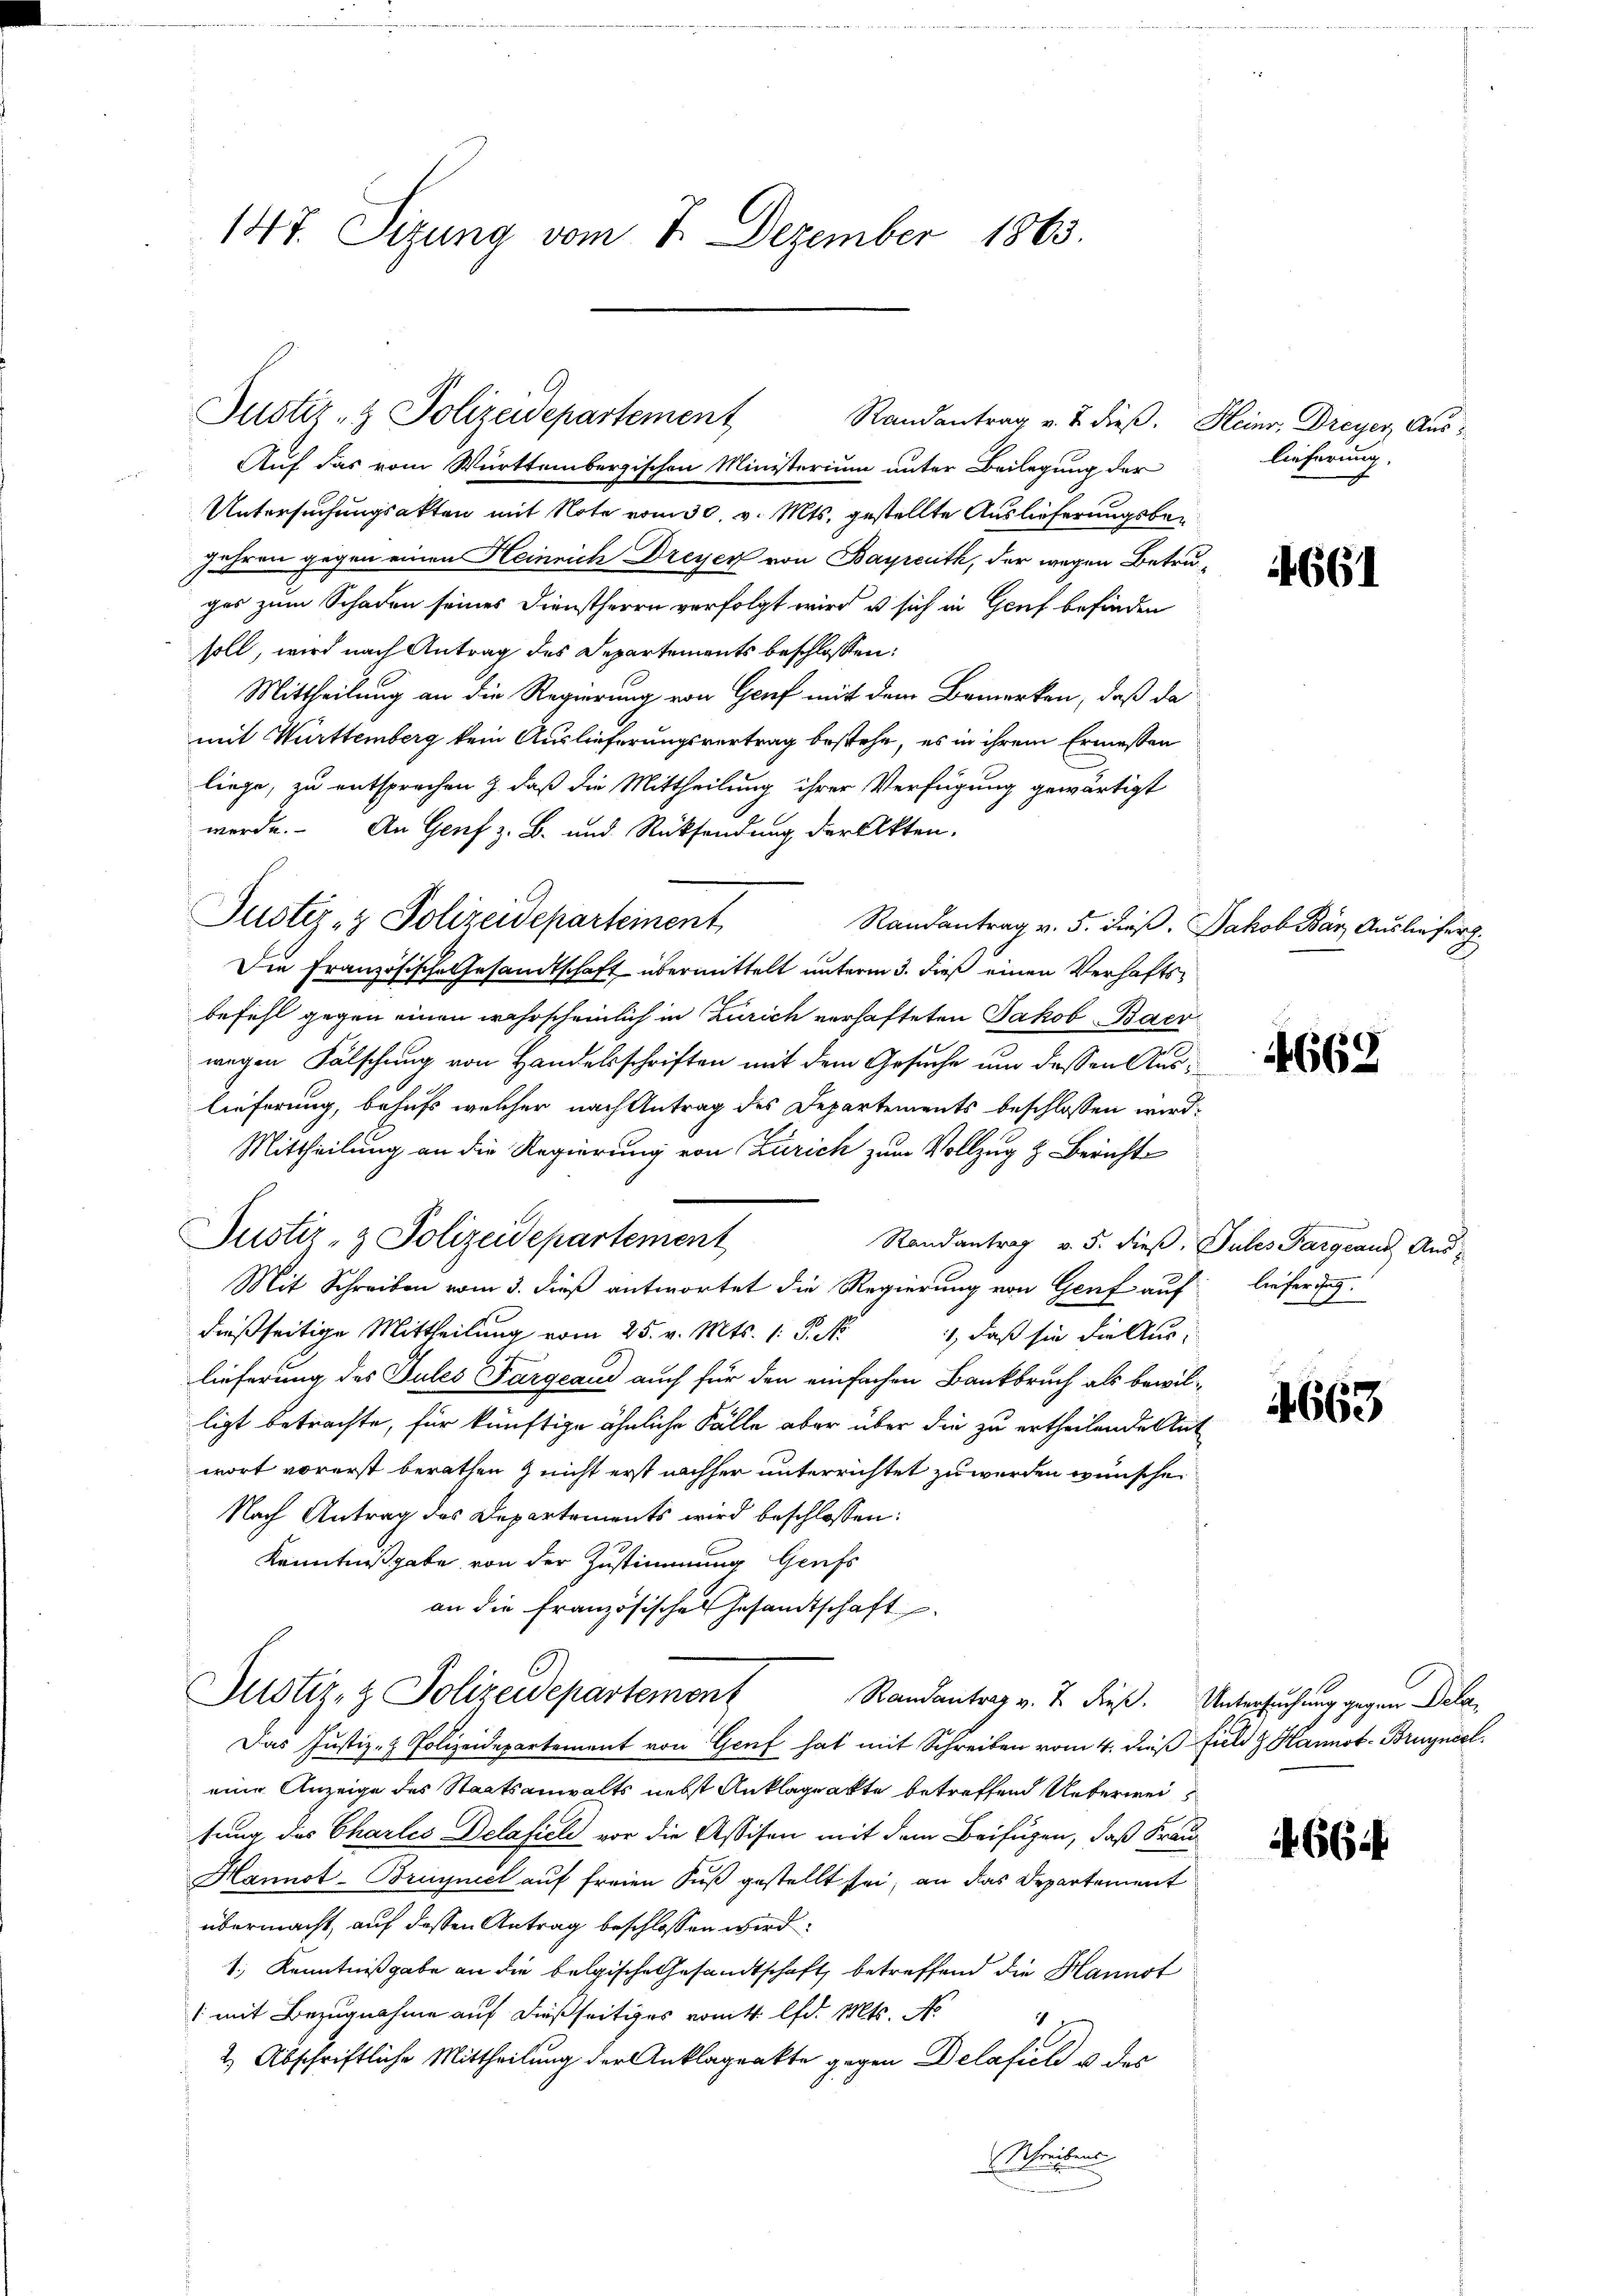
147. Sizung vom 7. Dezember 1863.

Randantrag v. 2. dieß. Heinr, Dreyer, Aus¬
Auf das vom Württembergischen Ministerium unter Beilegung der
Untersuchungsakten mit Note vom 30. v. Mts. gestellte Auslieferungsbe¬
Jahren gegen einen Heinrich Dreyer von Bayreuth, der wegen Betruches zum Schaden seines Dienstherrn verfolgt wird u sich in Genf befinden
soll, wird nach Antrag des Departements beschlossen:
Mittheilung an die Regierung von Genf mit dem Bemerken, daß da
mit Württemberg kein Auslieferungsvertrag bestehe, es in ihrem Ermessen
liege, zu entsprochen z. daß die Mittheilung ihrer Verfügung gewärtigt
werde. An Genf z. B. und Rücksendung der Akten.
Justiz- & Polizeideparteinent
Randantrag v. 5. dieß.
Die Französische Gesandtschaft übermittelt unterm 3. dieß einen Verhaftsbefehl gegen einen wahrscheinlich in Zürich verhafteten Jakob Baer
wegen Fälschung von Handelsschriften mit dem Gesuche um dessen Auslieferung, behufs welcher nach Antrag des Departements beschlossen wird:
Mittheilung an die Regierung von Zürich zum Vollzug & Bericht
Randantrag v. 5. dieß. Sules Pargeaus Aus-
Mit Schreiben vom 3. dieß antwortet die Regierung von Genf auf lieferung
dießseitige Mittheilung vom 25. v. Mts. 1. P. Nr.
1, daß sie die Aus
lieferung des Tules Pargeaud auch für den einfachen Bankbruch als bewilligt betrachte, für künftige ähnliche Fälle aber über die zu ertheilenden Ant
wort vorerst berathen & nicht erst nachher unterrichtet zu werden wünsche.
Nach Antrag des Departements wird beschlossen:
Kenntnißgabe von der Zustimmung Genfs
an die Französische Gesandtschaft
C
Justiz- & Polizeidepartement
Randantrag v. J. dieß. Untersuchung gegen Dela¬
Das Justiz- & Polizeidepartement von Genf hat mit Schreiben vom 4. dieß
eine Anzeige des Staatsanwalts nebst Anklagrakte betreffend Ueberweis
tung des Chartes Delafiel vor die Assison mit dem Beifügen, daß Frau¬
Hannot-Breyniel auf freien Fuß gestellt sei, an das Departement
übermacht, auf dessen Antrag beschlossen wird
1., Kenntnißgabe an die belgische Gesandtschaft betreffend die Hannst
/ mit Bezugnahme auf dießseitiges vom 4. lfd. Mts. A
h
2 Abschriftliche Mittheilung der Anklageakte gegen Delaficli u. des
Schreibens

Justiz- & Polizeidepartement

Justiz- & Polizeidepartement

lieferung.

u

4661

Jakob Bar Ausliefer

4662

4663

10
field z. Hannst - Bruyniel.

46614